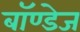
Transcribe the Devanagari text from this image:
बॉण्डेज